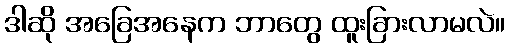
ဒါဆို အခြေအနေက ဘာတွေ ထူးခြားလာမလဲ။